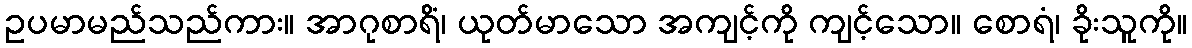
ဥပမာမည်သည်ကား။ အာဂုစာရိံ၊ ယုတ်မာသော အကျင့်ကို ကျင့်သော။ စောရံ၊ ခိုးသူကို။